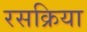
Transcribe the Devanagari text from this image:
रसक्रिया